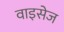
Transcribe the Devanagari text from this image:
वाइसेज